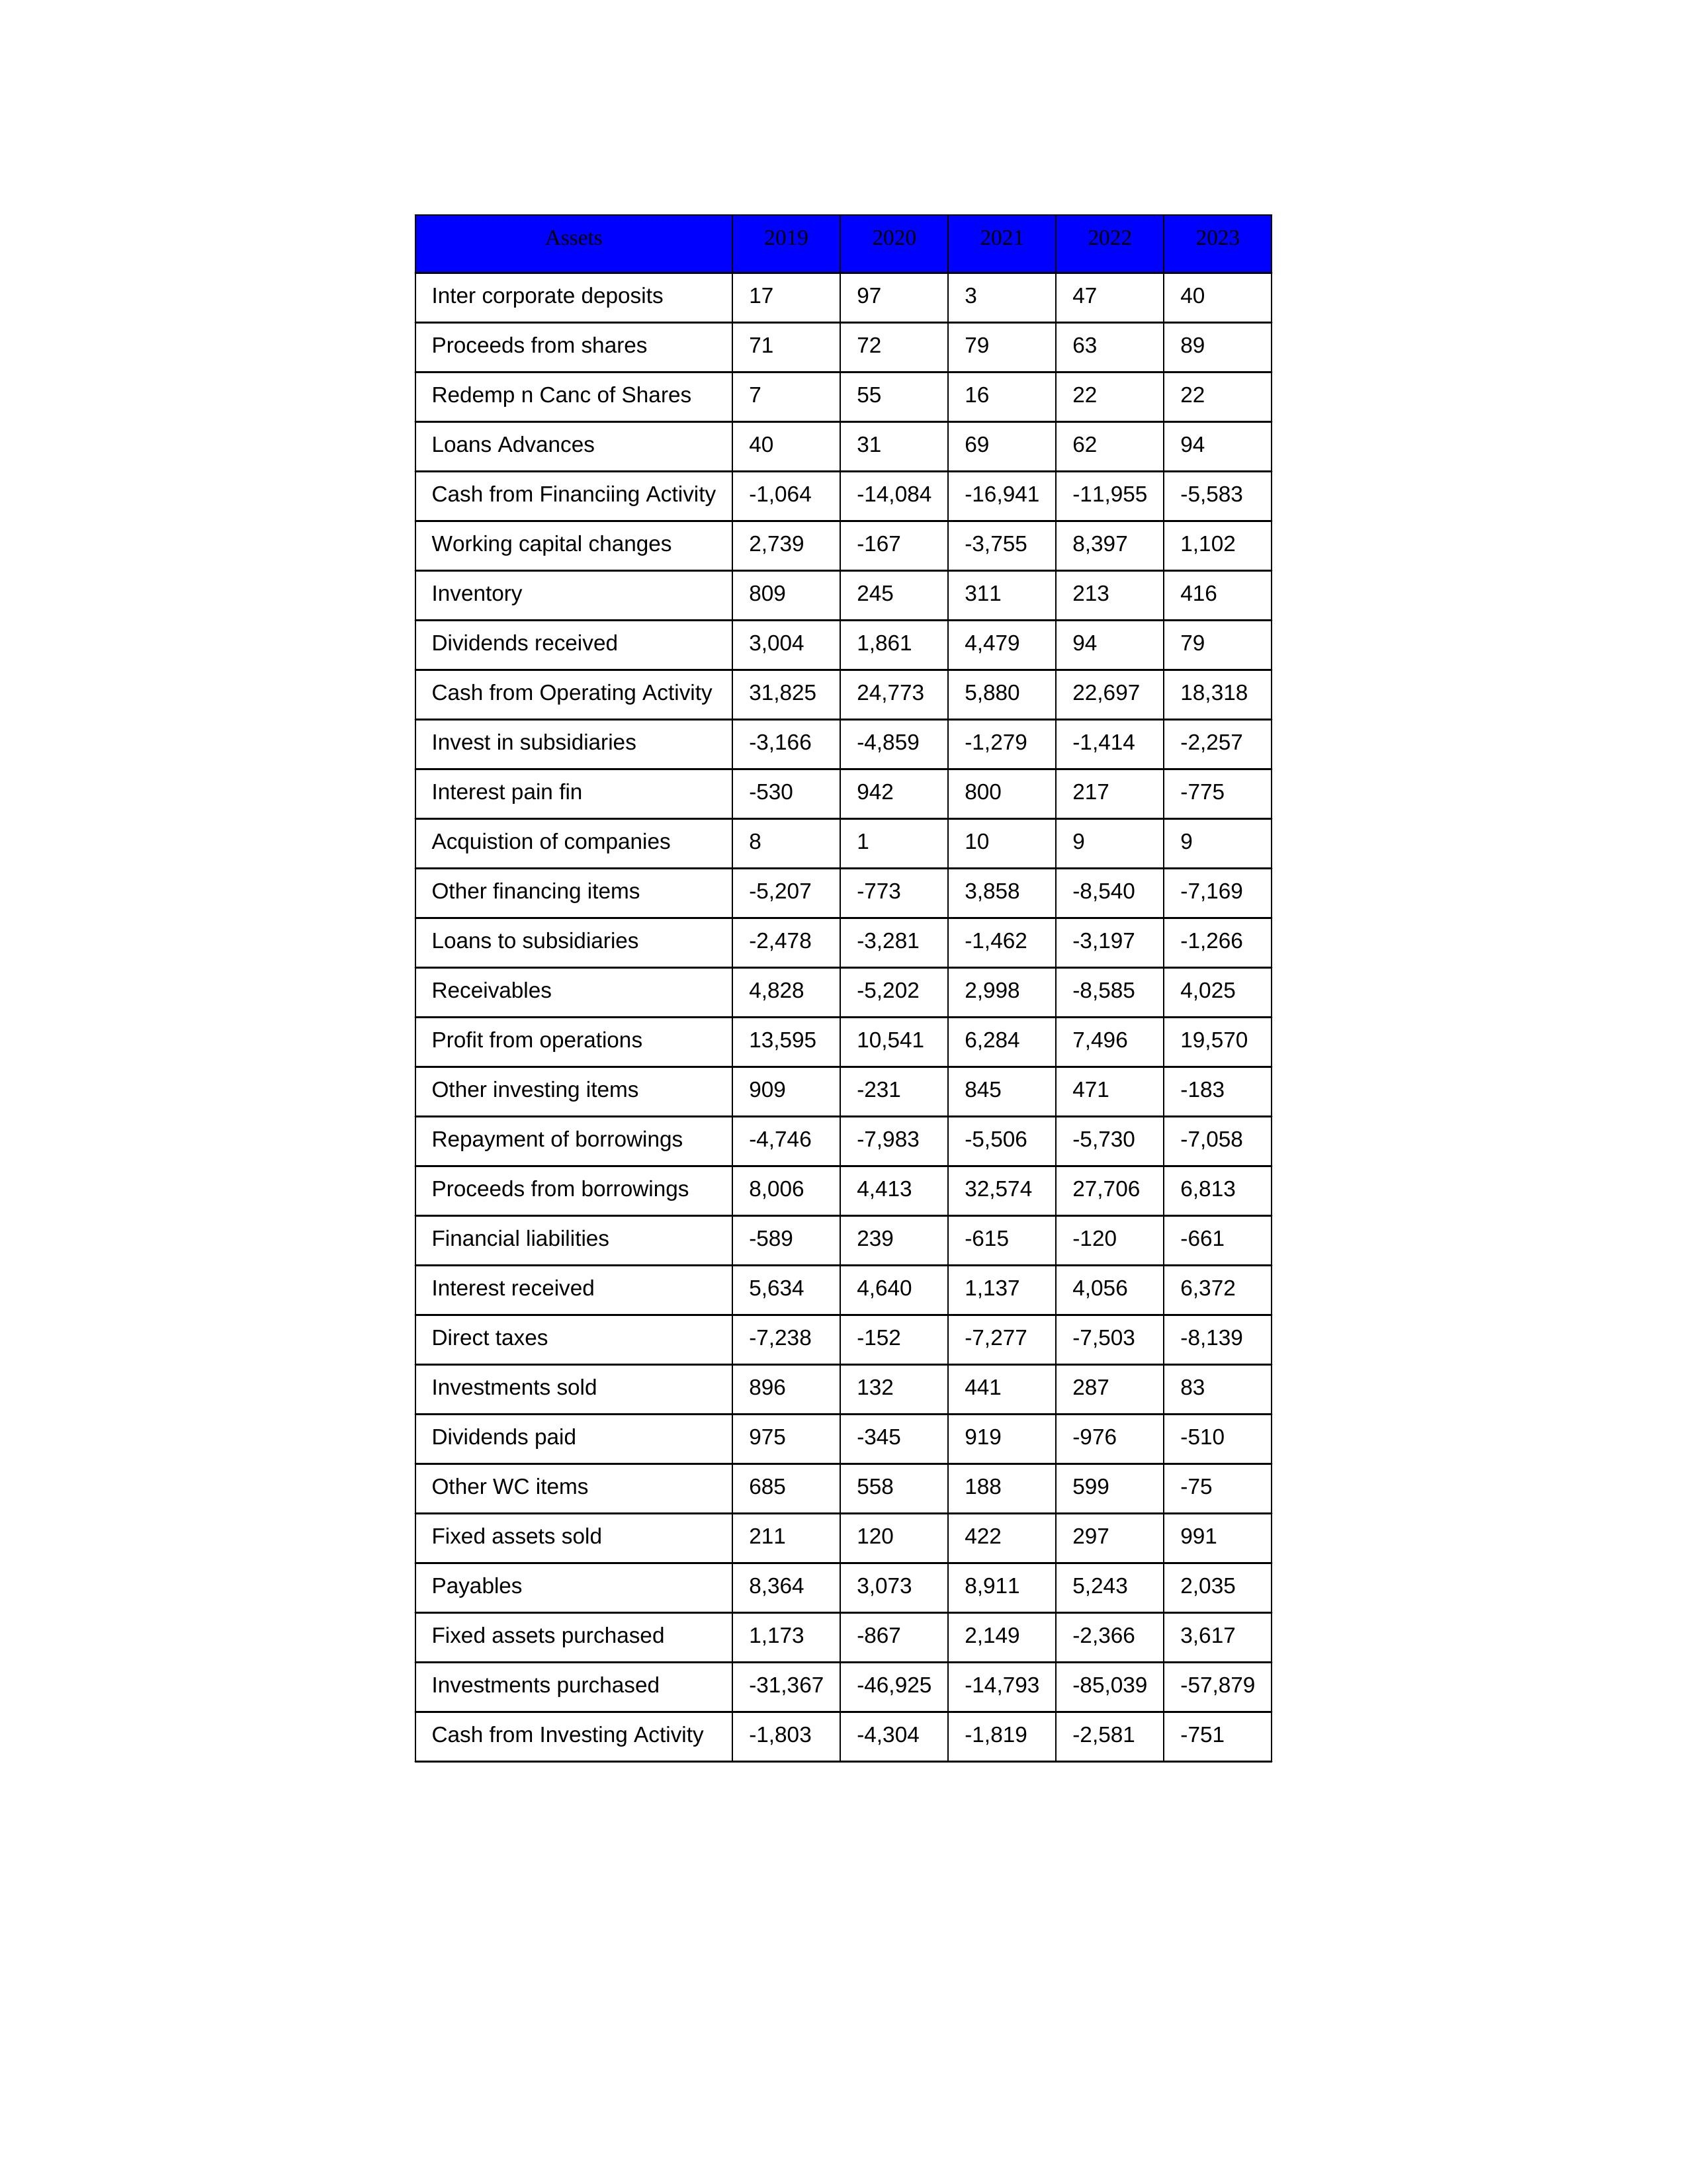
gt_parse: 2019: Cash from Operating Activity: 31,825
Profit from operations: 13,595
Receivables: 4,828
Inventory: 809
Payables: 8,364
Loans Advances: 40
Other WC items: 685
Working capital changes: 2,739
Direct taxes: -7,238
Cash from Investing Activity: -1,803
Fixed assets purchased: 1,173
Fixed assets sold: 211
Investments purchased: -31,367
Investments sold: 896
Interest received: 5,634
Dividends received: 3,004
Invest in subsidiaries: -3,166
Loans to subsidiaries: -2,478
Redemp n Canc of Shares: 7
Acquistion of companies: 8
Inter corporate deposits: 17
Other investing items: 909
Cash from Financiing Activity: -1,064
Proceeds from shares: 71
Proceeds from borrowings: 8,006
Repayment of borrowings: -4,746
Interest pain fin: -530
Dividends paid: 975
Financial liabilities: -589
Other financing items: -5,207
2020: Cash from Operating Activity: 24,773
Profit from operations: 10,541
Receivables: -5,202
Inventory: 245
Payables: 3,073
Loans Advances: 31
Other WC items: 558
Working capital changes: -167
Direct taxes: -152
Cash from Investing Activity: -4,304
Fixed assets purchased: -867
Fixed assets sold: 120
Investments purchased: -46,925
Investments sold: 132
Interest received: 4,640
Dividends received: 1,861
Invest in subsidiaries: -4,859
Loans to subsidiaries: -3,281
Redemp n Canc of Shares: 55
Acquistion of companies: 1
Inter corporate deposits: 97
Other investing items: -231
Cash from Financiing Activity: -14,084
Proceeds from shares: 72
Proceeds from borrowings: 4,413
Repayment of borrowings: -7,983
Interest pain fin: 942
Dividends paid: -345
Financial liabilities: 239
Other financing items: -773
2021: Cash from Operating Activity: 5,880
Profit from operations: 6,284
Receivables: 2,998
Inventory: 311
Payables: 8,911
Loans Advances: 69
Other WC items: 188
Working capital changes: -3,755
Direct taxes: -7,277
Cash from Investing Activity: -1,819
Fixed assets purchased: 2,149
Fixed assets sold: 422
Investments purchased: -14,793
Investments sold: 441
Interest received: 1,137
Dividends received: 4,479
Invest in subsidiaries: -1,279
Loans to subsidiaries: -1,462
Redemp n Canc of Shares: 16
Acquistion of companies: 10
Inter corporate deposits: 3
Other investing items: 845
Cash from Financiing Activity: -16,941
Proceeds from shares: 79
Proceeds from borrowings: 32,574
Repayment of borrowings: -5,506
Interest pain fin: 800
Dividends paid: 919
Financial liabilities: -615
Other financing items: 3,858
2022: Cash from Operating Activity: 22,697
Profit from operations: 7,496
Receivables: -8,585
Inventory: 213
Payables: 5,243
Loans Advances: 62
Other WC items: 599
Working capital changes: 8,397
Direct taxes: -7,503
Cash from Investing Activity: -2,581
Fixed assets purchased: -2,366
Fixed assets sold: 297
Investments purchased: -85,039
Investments sold: 287
Interest received: 4,056
Dividends received: 94
Invest in subsidiaries: -1,414
Loans to subsidiaries: -3,197
Redemp n Canc of Shares: 22
Acquistion of companies: 9
Inter corporate deposits: 47
Other investing items: 471
Cash from Financiing Activity: -11,955
Proceeds from shares: 63
Proceeds from borrowings: 27,706
Repayment of borrowings: -5,730
Interest pain fin: 217
Dividends paid: -976
Financial liabilities: -120
Other financing items: -8,540
2023: Cash from Operating Activity: 18,318
Profit from operations: 19,570
Receivables: 4,025
Inventory: 416
Payables: 2,035
Loans Advances: 94
Other WC items: -75
Working capital changes: 1,102
Direct taxes: -8,139
Cash from Investing Activity: -751
Fixed assets purchased: 3,617
Fixed assets sold: 991
Investments purchased: -57,879
Investments sold: 83
Interest received: 6,372
Dividends received: 79
Invest in subsidiaries: -2,257
Loans to subsidiaries: -1,266
Redemp n Canc of Shares: 22
Acquistion of companies: 9
Inter corporate deposits: 40
Other investing items: -183
Cash from Financiing Activity: -5,583
Proceeds from shares: 89
Proceeds from borrowings: 6,813
Repayment of borrowings: -7,058
Interest pain fin: -775
Dividends paid: -510
Financial liabilities: -661
Other financing items: -7,169